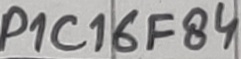
Text: P1C16F84